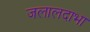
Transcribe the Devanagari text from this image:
जलालदाभा